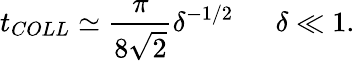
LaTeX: t_{COLL}\simeq\frac{\pi}{8\sqrt{2}}\delta^{-1/2}~~~~~~\delta\ll 1.